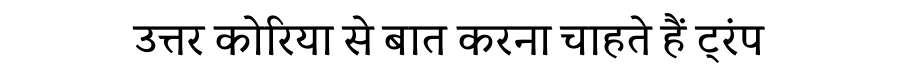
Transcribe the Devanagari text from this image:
उत्तर कोरिया से बात करना चाहते हैं ट्रंप